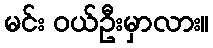
မင်း ဝယ်ဦးမှာလား။